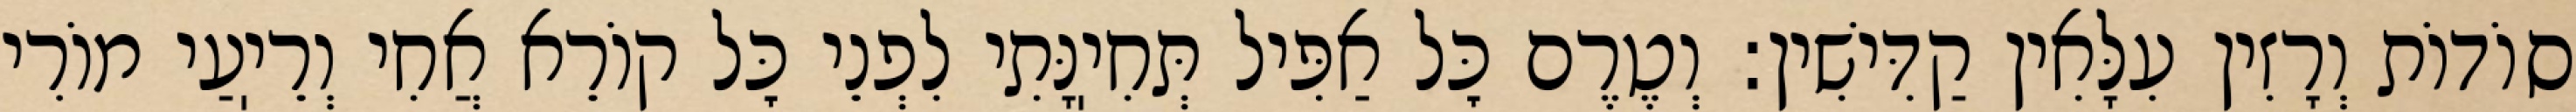
סוֹדוֹת וְרָזִין עִלָּאִין קַדִּישִׁין: וְטֶרֶם כׇּל אַפִּיל תְּחִיֽנָּתִי לִפְנֵי כׇּל קוֹרֵא אֲחִי וְרֵיֽעַי מוֹרִי